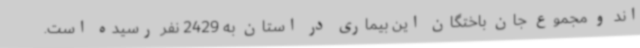
اند و مجموع جان باختگان این بیماری در استان به 2429 نفر رسیده است.